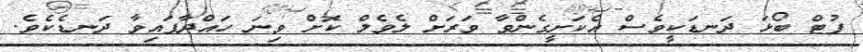
ފުޓް ބޯޅަ ދަނޑަކީވެސް އެކަށީގެންވާ ވަރަށް ލެވެލް ކޮށް ވިނަ ހައްދާފައިވާ ދަނޑެކެވެ.